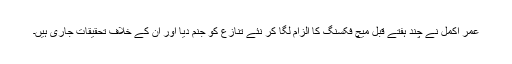
عمر اکمل نے چند ہفتے قبل میچ فکسنگ کا الزام لگا کر نئے تنازع کو جنم دیا اور ان کے خلاف تحقیقات جاری ہیں۔